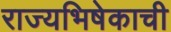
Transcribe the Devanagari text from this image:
राज्यभिषेकाची